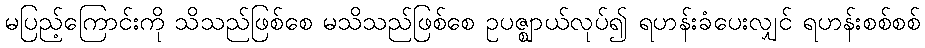
မပြည့်ကြောင်းကို သိသည်ဖြစ်စေ မသိသည်ဖြစ်စေ ဥပဇ္ဈာယ်လုပ်၍ ရဟန်းခံပေးလျှင် ရဟန်းစစ်စစ်